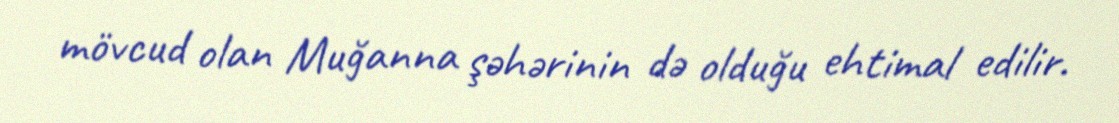
mövcud olan Muğanna şəhərinin də olduğu ehtimal edilir.